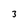
Character: 3